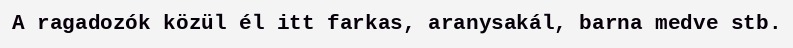
A ragadozók közül él itt farkas, aranysakál, barna medve stb.